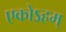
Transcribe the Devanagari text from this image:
एकोऽहम्